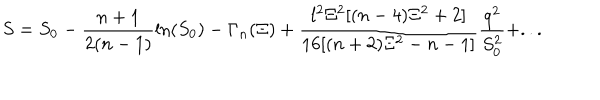
S = S _ { 0 } - \frac { n + 1 } { 2 ( n - 1 ) } \ln ( S _ { 0 } ) - \Gamma _ { n } ( \Xi ) + \frac { l ^ { 2 } \Xi ^ { 2 } [ ( n - 4 ) \Xi ^ { 2 } + 2 ] } { 1 6 [ ( n + 2 ) \Xi ^ { 2 } - n - 1 ] } \frac { q ^ { 2 } } { S _ { 0 } ^ { 2 } } + . . .